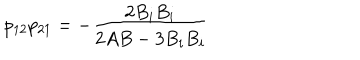
p _ { 1 2 } p _ { 2 1 } = - \frac { 2 B _ { i } B _ { i } } { 2 A B - 3 B _ { i } B _ { i } }